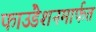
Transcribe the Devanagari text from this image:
फाउंडेशनमार्फत